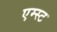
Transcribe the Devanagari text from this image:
एम्स्ट